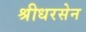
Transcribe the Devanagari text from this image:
श्रीधरसेन